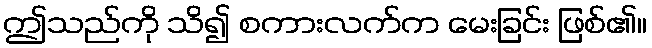
ဤသည်ကို သိ၍ စကားလက်က မေးခြင်း ဖြစ်၏။